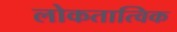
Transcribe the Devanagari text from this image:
लोकतात्विक